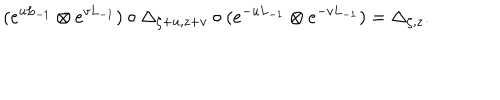
LaTeX: ( e ^ { u L _ { - 1 } } \otimes e ^ { v L _ { - 1 } } ) \circ \Delta _ { \zeta + u , z + v } \circ ( e ^ { - u L _ { - 1 } } \otimes e ^ { - v L _ { - 1 } } ) = \Delta _ { \zeta , z } .